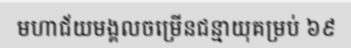
មហាជ័យមង្គលចម្រើនជន្មាយុគម្រប់ ៦៩